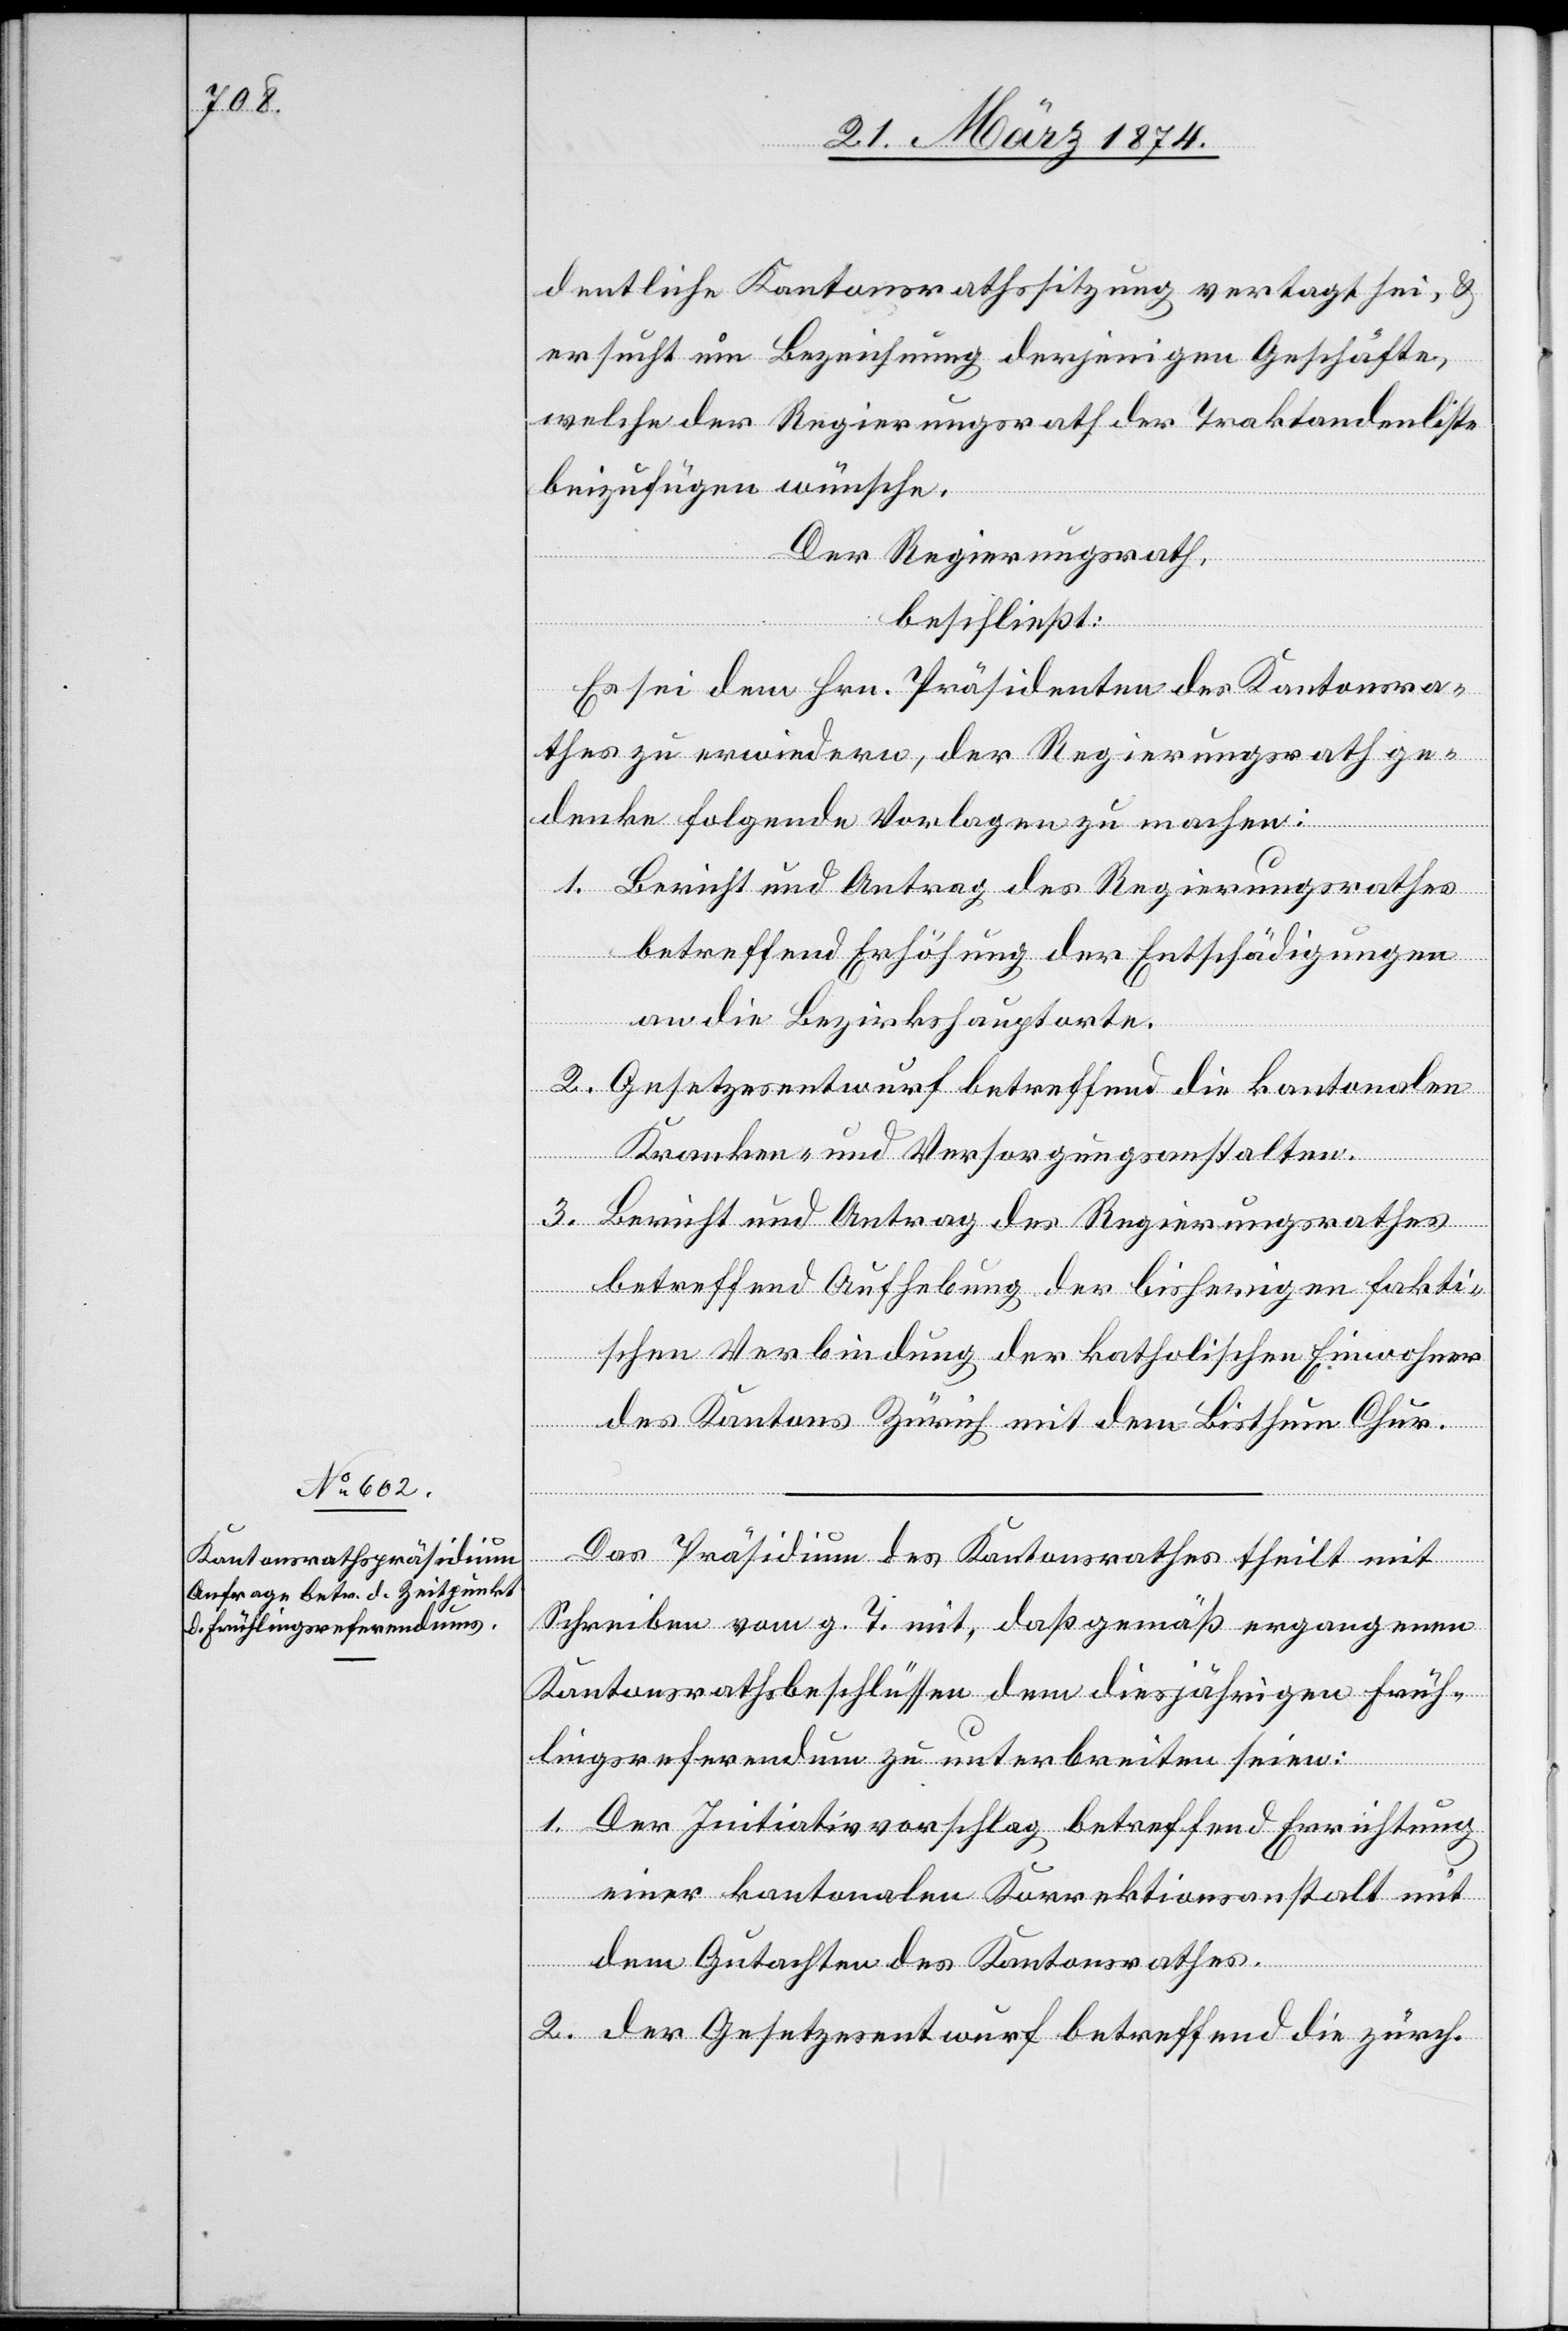
dentliche Kantonsrathssitzung vertagt sei, u.
ersucht um Bezeichnung derjenigen Geschäfte,
welche der Regierungsrath der Traktandenliste
beizufügen wünsche.
Der Regierungsrath,
beschließt:
Es sei dem Hrn. Präsidenten des Kantonsra¬
thes zu erwiedern, der Regierungsrath ge¬
denke folgende Vorlagen zu machen:
1. Bericht und Antrag des Regierungsrathes
betreffend Erhöhung der Entschädigungen
an die Bezirkshauptorte.
2. Gesetzesentwurf betreffend die kantonalen
Kranken- und Versorgungsanstalten.
3. Bericht und Antrag des Regierungsrathes
betreffend Aufhebung der bisherigen fakti¬
schen Verbindung der katholischen Einwohner
des Kantons Zürich mit dem Bisthum Chur.
Das Präsidium des Kantonsrathes theilt mit
Schreiben vom g. T. mit, daß gemäß ergangenen
Kantonsrathsbeschlüssen dem diesjährigen Früh¬
lingsreferendum zu unterbreiten seien:
1. Der Initiativvorschlag betreffend Errichtung
einer kantonalen Korrektionsanstalt mit
dem Gutachten des Kantonsrathes.
2. Der Gesetzesentwurf betreffend die zürch.